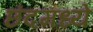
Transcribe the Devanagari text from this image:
छंदमध्ये